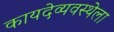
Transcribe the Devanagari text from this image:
कायदेव्यवस्थेला